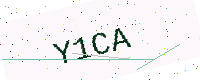
Text: Y1CA